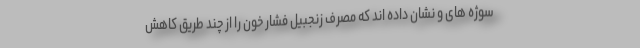
سوژه های و نشان داده اند که مصرف زنجبیل فشار خون را از چند طریق کاهش